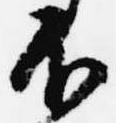
不